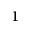
^ { 1 }